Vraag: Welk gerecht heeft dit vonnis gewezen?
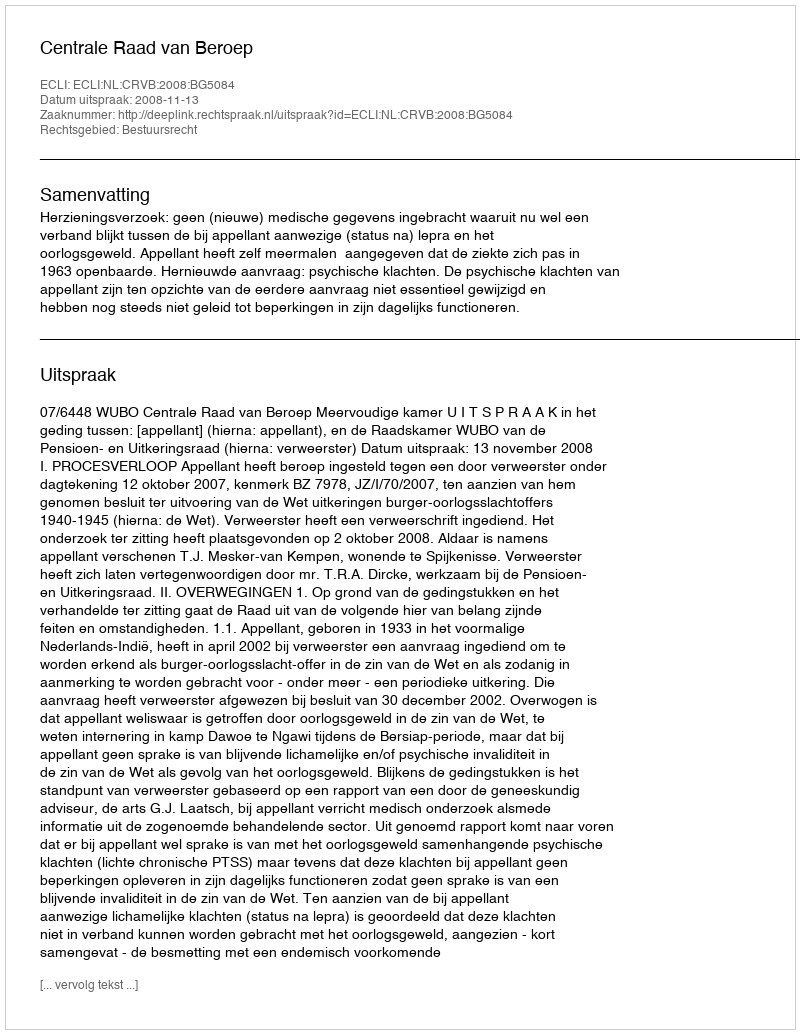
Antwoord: Centrale Raad van Beroep